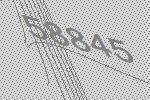
58845